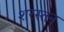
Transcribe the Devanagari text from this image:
शरस्तन